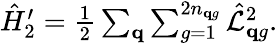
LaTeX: \begin{array}{r}{\hat{H}_{2}^{\prime}=\frac{1}{2}\sum_{\mathbf q}\sum_{g=1}^{2n_{\mathbf qg}}\hat{\mathcal L}_{\mathbf{q}g}^{2}.}\end{array}